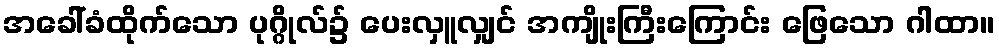
အခေါ်ခံထိုက်သော ပုဂ္ဂိုလ်၌ ပေးလှူလျှင် အကျိုးကြီးကြောင်း ဖြေသော ဂါထာ။